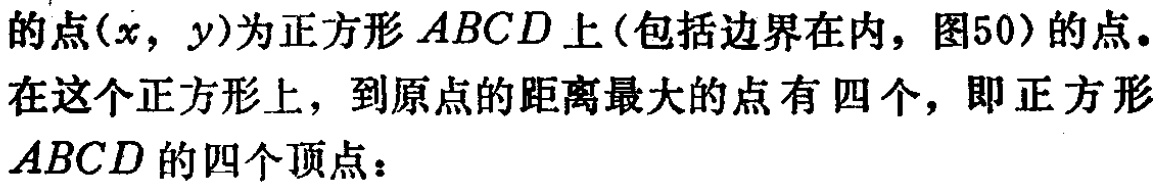
的点\((x,y)\)为正方形\(ABCD\)上(包括边界在内，图50)的点。在这个正方形上，到原点的距离最大的点有四个，即正方形\(ABCD\)的四个顶点：